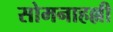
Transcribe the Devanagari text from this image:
सोमनाहल्ली